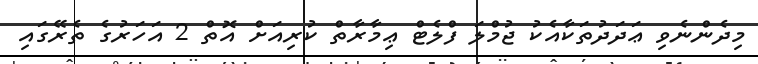
މިދެންނެވި ޢަދަދުތަކާއެކު ޖުމްލަ ފްލެޓް ޢިމާރާތް ކުރިއަށް އޮތް 2 އަހަރުގެ ތެރޭގައި